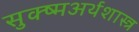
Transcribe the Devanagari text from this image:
सुक्ष्मअर्थशास्त्र